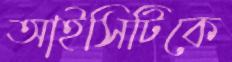
আইসিটিকে